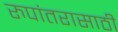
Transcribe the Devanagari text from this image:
रुपांतरासाठी